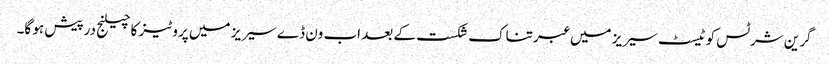
گرین شرٹس کو ٹیسٹ سیریز میں عبرتناک شکست کے بعد اب ون ڈے سیریز میں پروٹیز کا چیلنج درپیش ہو گا۔